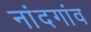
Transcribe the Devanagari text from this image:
नांदगांव